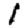
Digit: 1